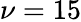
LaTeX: \nu=15